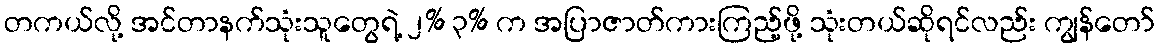
တကယ်လို့ အင်တာနက်သုံးသူတွေရဲ့ ၂% ၃% က အပြာဇာတ်ကားကြည့်ဖို့ သုံးတယ်ဆိုရင်လည်း ကျွန်တော်